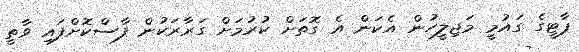
ޕާޓީގެ ގައުމީ މަޖިލީހުން އެކަން އެ ގޮތަށް ކުރުމަށް ގަރާރަކުން ފާސްކޮށްފައި ވާތީ